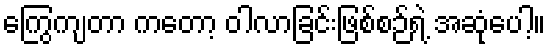
ကြွေကျတာ ကတော့ ဝါလာခြင်းဖြစ်စဉ်ရဲ့ အဆုံပေါ့။